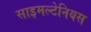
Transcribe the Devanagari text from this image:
साइमल्टेनियस